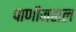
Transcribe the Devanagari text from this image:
पाणीमहाल